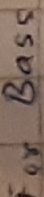
Text: For Bass